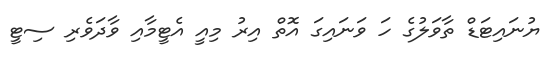
ޔުނައިޓަޑް ތާވަލުގެ ހަ ވަނައިގަ އޮތް އިރު މިއީ އެޓީމާއި ވާދަވެރި ސިޓީ